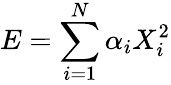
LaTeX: E=\sum_{i=1}^{N}\alpha_{i}X_{i}^{2}